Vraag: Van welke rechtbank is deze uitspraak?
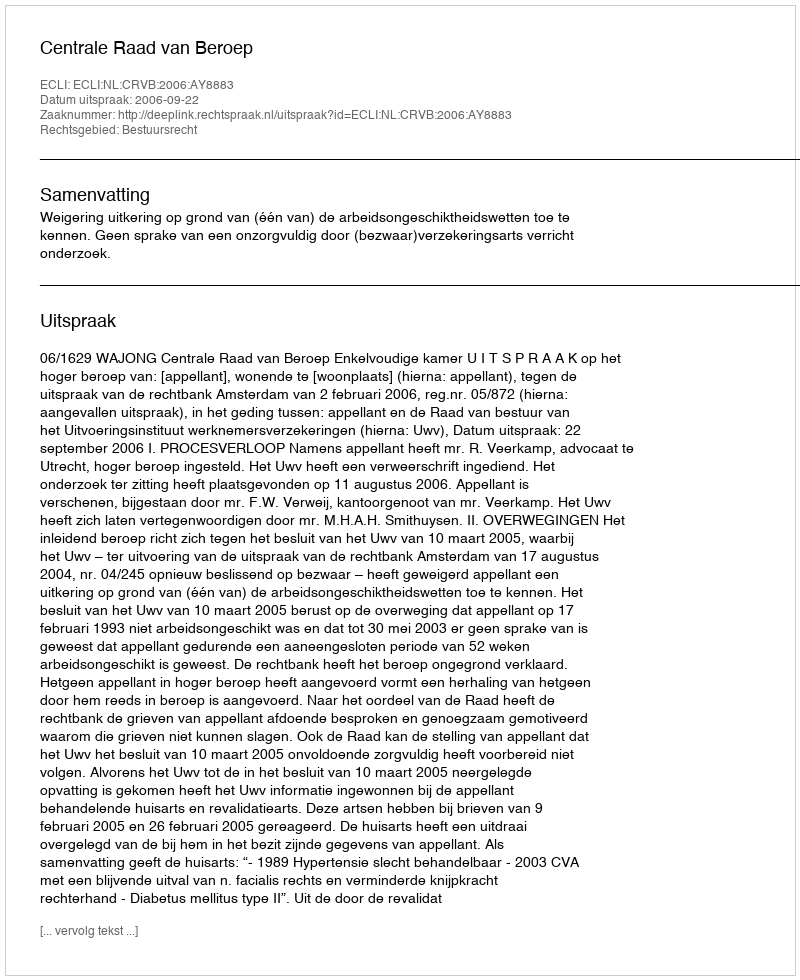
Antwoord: Centrale Raad van Beroep